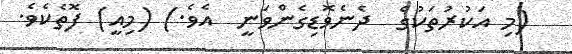
(މި އަކުރުތަކުގެ  ދެނެވޮޑިގެންވަނީ  އެވެ.) (މިއީ) ފޮތެކެވެ.